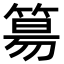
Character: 𥯕